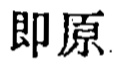
即原